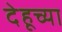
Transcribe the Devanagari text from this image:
देहूच्या